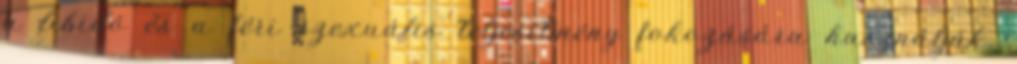
a libidó és a féri szexuális teljesítmény fokozására használják.